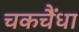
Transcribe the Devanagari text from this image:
चकचैंधा